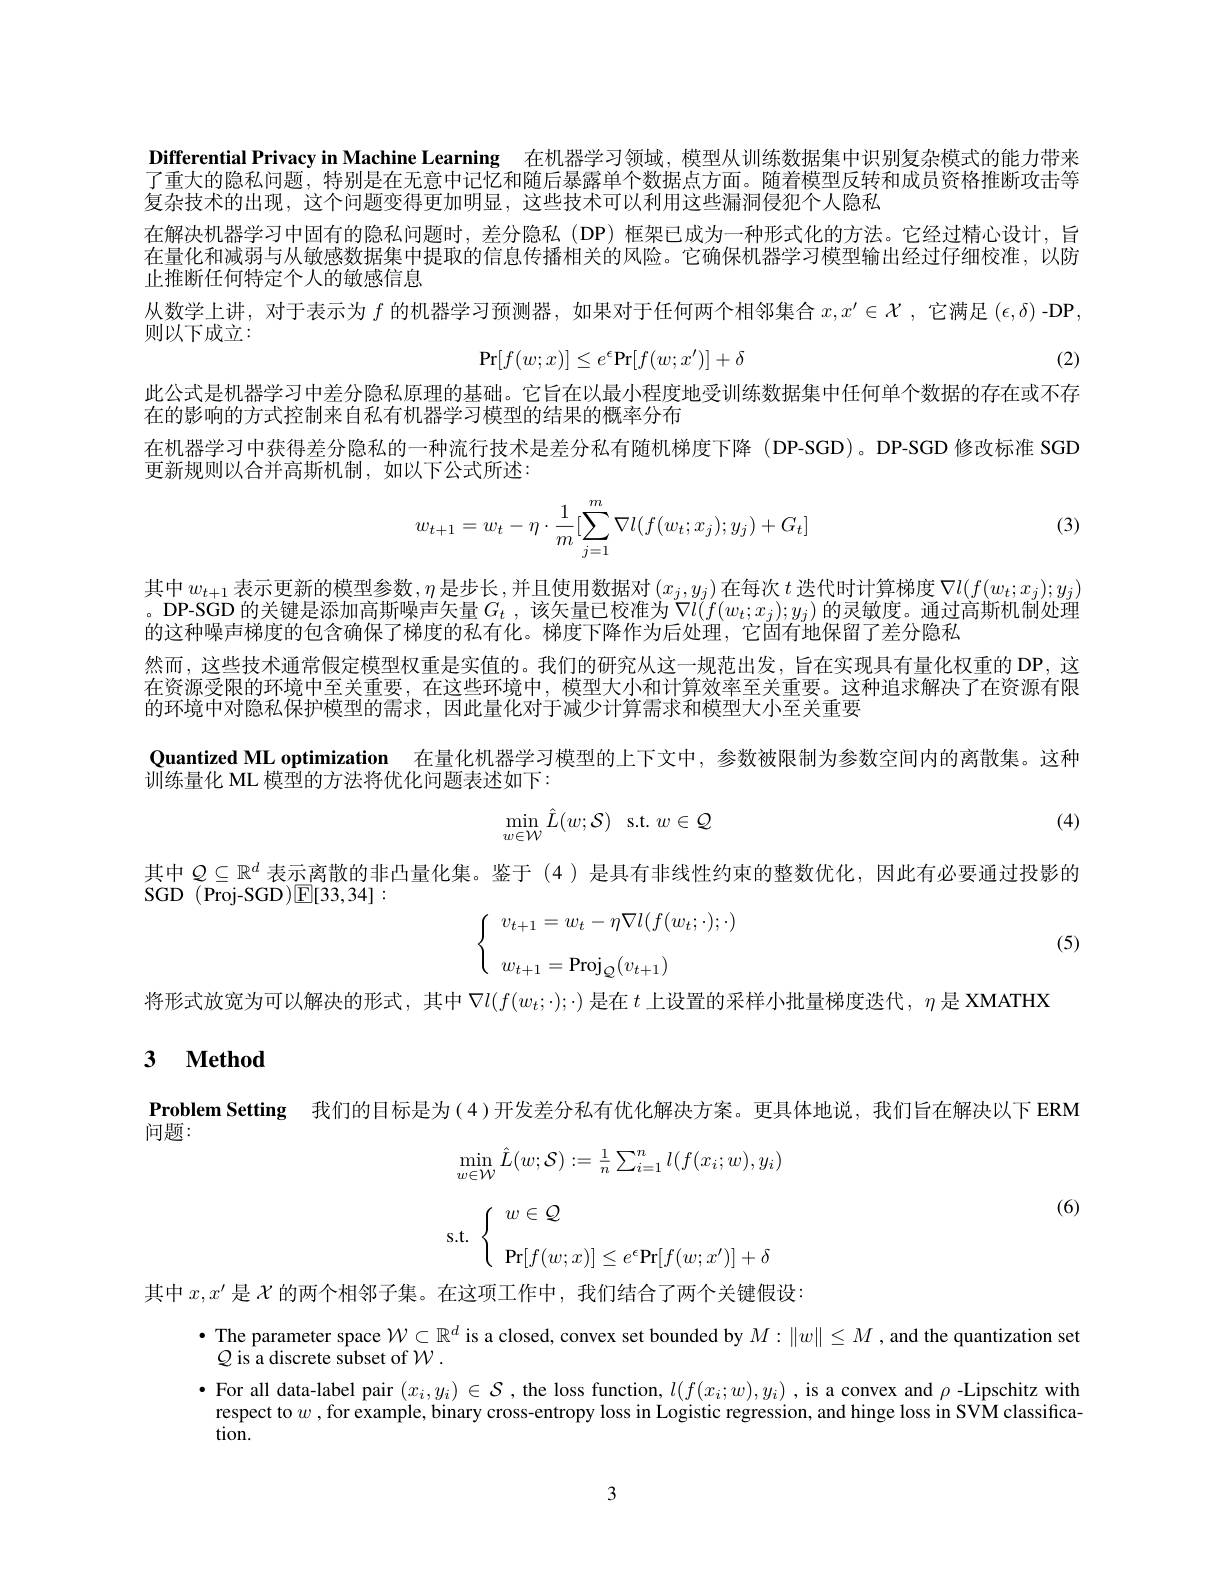
Differential Privacy in Machine Learning 在机器学习领域，模型从训练数据集中识别复杂模式的能力带来了重大的隐私问题，特别是在无意中记忆和随后暴露单个数据点方面。随着模型反转和成员资格推断攻击等复杂技术的出现，这个问题变得更加明显，这些技术可以利用这些漏洞侵犯个人隐私
在解决机器学习中固有的隐私问题时，差分隐私(DP)框架已成为一种形式化的方法。它经过精心设计，旨在量化和减弱与从敏感数据集中提取的信息传播相关的风险。它确保机器学习模型输出经过仔细校准，以防止推断任何特定个人的敏感信息
从数学上讲，对于表示为$f$的机器学习预测器，如果对于任何两个相邻集合$x,x^\prime\in\mathcal{X}$,它满足$(\epsilon,\delta)$ -DP,
则以下成立：
$$\mathrm{Pr}[f(w;x)]\leq e^\epsilon\mathrm{Pr}[f(w;x')]+\delta $$
(2)

此公式是机器学习中差分隐私原理的基础。它旨在以最小程度地受训练数据集中任何单个数据的存在或不存
在的影响的方式控制来自私有机器学习模型的结果的概率分布
在机器学习中获得差分隐私的一种流行技术是差分私有随机梯度下降(DP-SGD)。DP-SGD 修改标准 SGD
更新规则以合并高斯机制，如以下公式所述：

(3)
$$\begin{aligned}w_{t+1}=w_t-\eta\cdot\frac{1}{m}[\sum_{j=1}^m\nabla l(f(w_t;x_j);y_j)+G_t]\end{aligned}$$
其中$w_t+1$表示更新的模型参数$,\eta$是步长，并且使用数据对$\left(x_j,y_j\right)$在每次$t$ 迭代时计算梯度$\nabla l(f(w_t;x_j);y_j)$ 。DP-SGD 的关键是添加高斯噪声矢量$G_t$ ,该矢量已校准为$\nabla l(f(w_t;x_j);y_j)$的灵敏度。通过高斯机制处理的这种噪声梯度的包含确保了梯度的私有化。秭度下降作为后处理，它固有地侏留了差分隐私
然而，这些技术通常假定模型权重是实值的。我们的研究从这一规范出发，旨在实现具有量化权重的 DP,这在资源受限的环境中至关重要，在这些环境中，模型大小和计算效率至关重要。这种追求解决了在资源有限的环境中对隐私保护模型的需求，因此量化对于减少计算需求和模型大小至关重要
Quantized ML optimization 在量化机器学习模型的上下文中，参数被限制为参数空间内的离散集。这种
训练量化 ML 模型的方法将优化问题表述如下：

(4)
$$\min_{w\in\mathcal{W}}\hat{L}(w;\mathcal{S})\quad\mathrm{s.t.}\:w\in\mathcal{Q}$$
其中$Q\subseteq\mathbb{R}^d$表示离散的非凸量化集。鉴于 (4)是具有非线性约束的整数优化，因此有必要通过投影的
${\mathrm{SGD}}~({\mathrm{Proj-SGD}}){\mathrm{E[33,34]}}:$
$$\left\{\begin{array}{ll}v_{t+1}=w_t-\eta\nabla l(f(w_t;\cdot);\cdot)\\\\w_{t+1}=\operatorname{Proj}_{\mathcal{Q}}(v_{t+1})\end{array}\right.$$
(5)

将形式放宽为可以解决的形式，其中$\nabla l(f(w_t;\cdot);\cdot)$是在$t$上设置的采样小批量梯度迭代，$\eta$是 XMATHX
3 $\textbf{Method}$

Problem Setting 我们的目标是为(4)开发差分私有优化解决方案。更具体地说，我们旨在解决以下 ERM

问题：

(6)
$$\min_{w\in\mathcal{W}}\hat{L}(w;\mathcal{S}):=\frac{1}{n}\sum_{i=1}^{n}l(f(x_{i};w),y_{i})$$
$$\text{s.t.}\:\left\{\begin{array}{ll}w\in\mathcal{Q}\\\\\Pr[f(w;x)]\leq e^\epsilon\text{Pr}[f(w;x')]+\delta\end{array}\right.$$
其中$x,x^{\prime}$是$\mathcal{X}$的两个相邻子集。在这项工作中，我们结合了两个关键假设：
$\bullet$ The parameter space $\mathcal{W}\subset\mathbb{R}^d$ is a closed, convex set bounded by $M:\|w\|\leq M$ , and the quantization set
$\mathcal{Q}$ is a discrete subset of $\mathcal{W}.$
$\bullet$ For all data-label pair $(x_i,y_i)\in\mathcal{S}$, the loss function, $l(f(x_i;w),y_i)$ ,is a convex and $\rho$ -Lipschitz with respect to $w$ ,for example, binary cross-entropy loss in Logistic regression, and hinge loss in SVM classification.

3